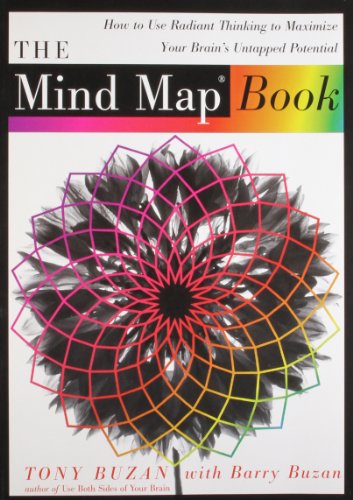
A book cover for The Mind Map Book: How to Use Radiant Thinking to Maximize Your Brain's Untapped Potential; Tony Buzan; Self-Help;